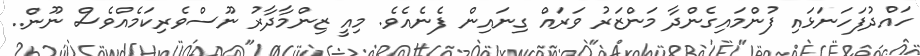
ހައްދުފަހަނަޅައި ފުންމައިގެންދާ މަންޒަރު ވަރައް ގިނައިން ފެނެއެވެ. މިއީ ޒިންމާދާރު ނޫސްވެރިކަމެއްވެސް ނޫން..